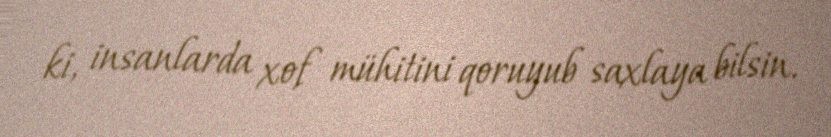
ki, insanlarda xof mühitini qoruyub saxlaya bilsin.